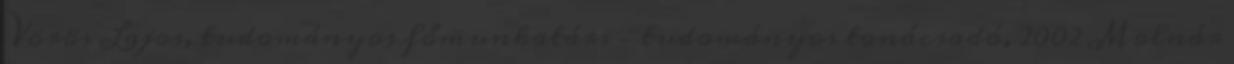
Vörös Lajos, tudományos főmunkatárs – tudományos tanácsadó, 2002 Molnár